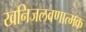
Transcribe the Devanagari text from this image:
खनिजलवणात्मक